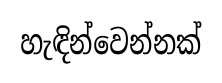
හැඳින්වෙන්නක්